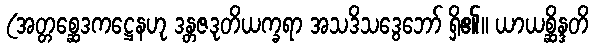
(အတ္တစ္ဆေဒကဋ္ဌေနဟု ဒန္တဇဒုတိယက္ခရာ အသဒိသဒွေဘော် ရှိ၏။ ယာယစ္ဆိန္ဒတိ